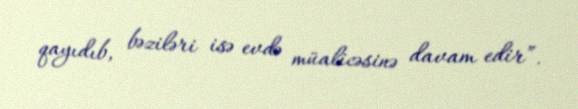
qayıdıb, bəziləri isə evdə müalicəsinə davam edir”.